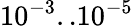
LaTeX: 10^{-3}..10^{-5}